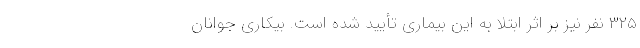
۳۲۵ نفر نیز بر اثر ابتلا به این بیماری تأیید شده است. بیکاری جوانان